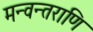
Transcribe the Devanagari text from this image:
मन्वन्तराणि